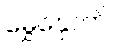
မွှေနှောက်